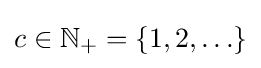
c\in \mathbb {N} _{+}=\lbrace 1,2,\ldots \rbrace